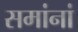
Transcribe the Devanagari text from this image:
समांनां